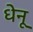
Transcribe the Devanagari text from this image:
धेनू